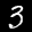
Digit: 3